Annual report of the Imperial Bacteriological Laboratory, Muktesar
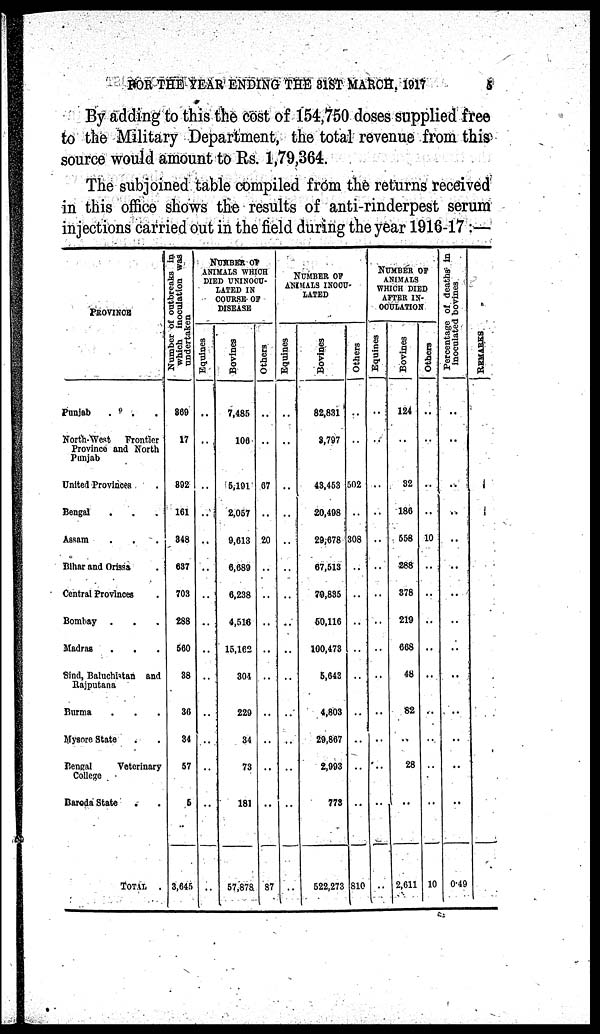
FOR THE YEAR ENDING THE 31ST MARCH, 1917
5
By adding to this the cost of 154,750 doses supplied free
to the Military Department, the total revenue from this
source would amount to Rs. 1,79,364.
The subjoined table compiled from the returns received
in this office shows the results of anti-rinderpest serum
injections carried out in the field during the year 1916-17 :—
PROVINCE
Punjab
North-West
Frontier
Province and North
Punjab
United Provinces
Bengal
Assam
Bihar and Orissa
Central Provinces
Bombay .
Madras
Sind, Baluchistan and
Rajputana
Burma
Mysore State
Bengal
Veterinary
College
Baroda State
TOTAL
Number of outbreaks in
which inoculation was
undertaken
869
17
892
161
848
637
703
288
560
38
36
34
57
5
3,645
NUMBER OF
ANIMALS WHICH
DIED UNINOCU¬
LATED IN
COURSE OF
DISEASE
Equines
..
Bovines
7,485
106
5,191
2,057
9,613
6,689
6,238
4,516
15,162
304
229
34
73
181
57,878
Others
..
..
67
..
20
..
..
..
..
..
..
..
..
..
87
NUMBER OF
ANIMALS INOCU¬
LATED
Equines
Bovines
82,831
3,797
43,453
20,498
29,678
67,513
79,835
50,116
100,473
5,643
4,803
29,867
2,993
773
522,273
Others
..
..
502
..
308
..
..
..
..
..
..
..
..
..
810
NUMBER OF
ANIMALS
WHICH DIED
AFTER IN¬
OCULATION
Equities
..
..
..
..
..
..
..
..
..
..
..
..
...
..
..
Bovines
124
..
32
186
558
288
378
219
668
48
82
..
28
..
2,611
Others
..
..
..
..
10
..
..
..
..
..
..
..
..
..
10
Percentage of deaths in
inoculated bovines
..
..
..
..
..
..
..
..
..
..
..
..
..
..
0.49
REMARKS.